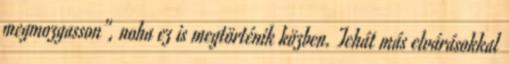
megmozgasson”, noha ez is megtörténik közben. Tehát más elvárásokkal